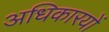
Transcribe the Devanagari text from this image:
अधिकारयों